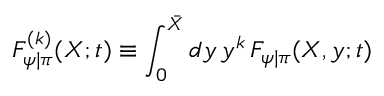
{ \cal F } _ { \psi | \pi } ^ { ( k ) } ( X ; t ) \equiv \int _ { 0 } ^ { \bar { X } } d y \, y ^ { k } \, F _ { \psi | \pi } ( X , y ; t )